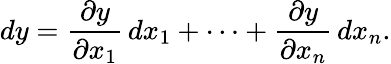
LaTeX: dy={\frac{\partial y}{\partial x_{1}}}\, dx_{1}+\cdots+{\frac{\partial y}{\partial x_{n}}}\, dx_{n}.